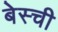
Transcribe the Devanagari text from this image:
बेस्ची